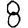
Digit: 8